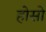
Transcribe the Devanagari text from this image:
होसो